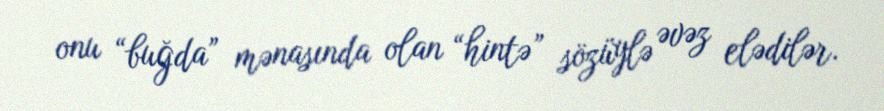
onu “buğda” mənasında olan “hintə” sözüylə əvəz elədilər.